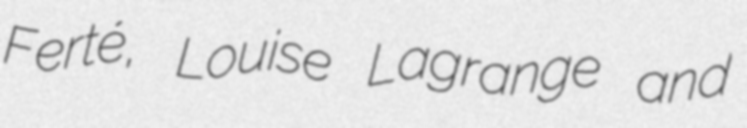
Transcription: Ferté, Louise Lagrange and